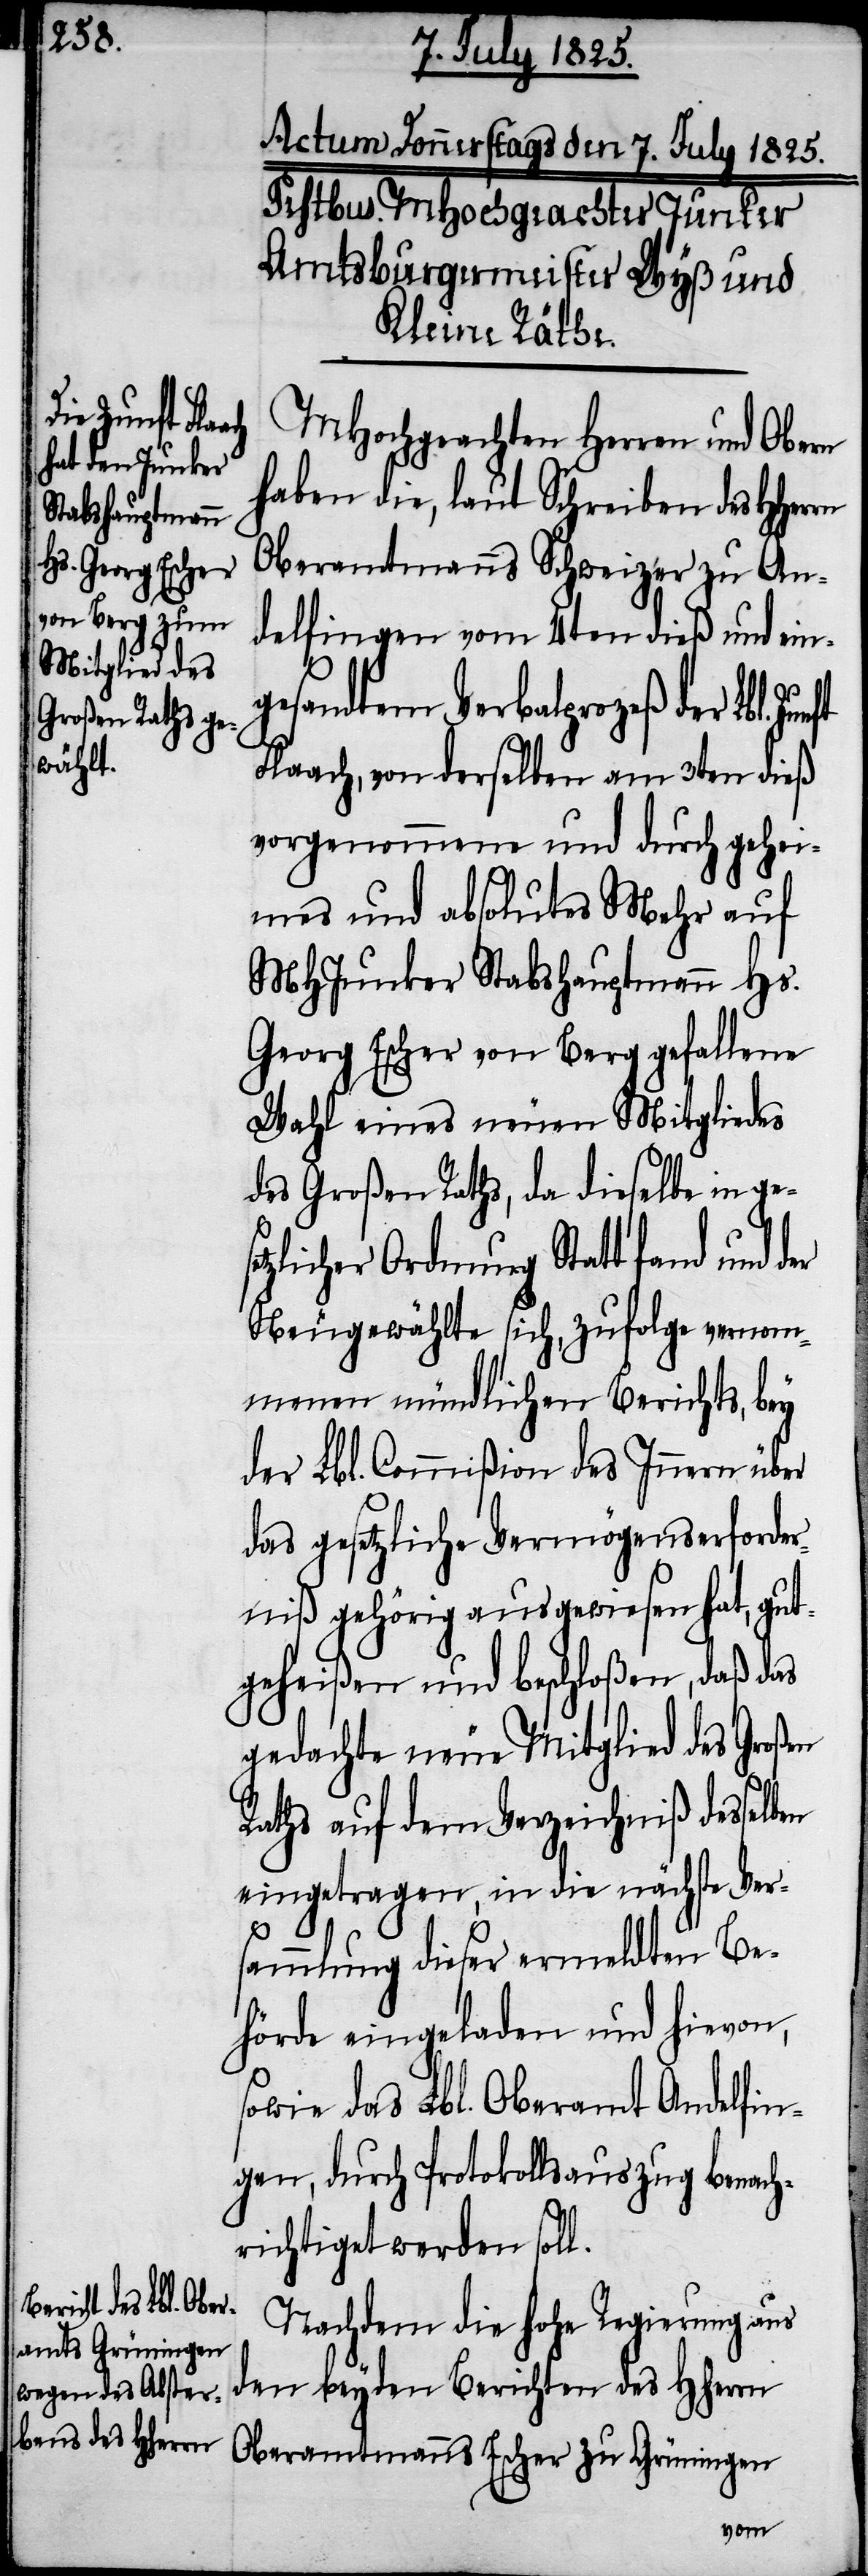
MHochgeachten Herren und Obern
haben die, laut Schreiben des HHerrn
Oberamtmanns Schweizer zu An¬
delfingen vom 4ten dieß und ein¬
gesandtem Verbalprozeß der Lbl.
Flaach, von derselben am 3ten dieß
vorgenommene und durch gehei¬
mes und absolutes Mehr auf
MHJunker Stabshauptmann Hs.
Georg Escher von Berg gefallene
Wahl eines neuen Mitgliedes
des Großen Raths, da dieselbe in ge¬
tzlicher Ordnung Statt fand und der
Neugewählte sich, zufolge vernom¬
menen mündlichen Berichts, bey
der Lbl. Commißion des Innern über
das gesetzliche Vermögenserforder¬
niß gehörig ausgewiesen hat, gut¬
geheißen und beschloßen, daß das
gedachte neue Mitglied des Großen
Raths auf dem Verzeichniß desselben
eingetragen, in die nächste Ver¬
sammlung dieser ermeldten Be¬
hörde eingeladen und hievon,
sowie das Lbl. Oberamt Andelfin¬
gen, durch Protokollsauszug benach¬
richtigt werden soll.
Nachdem die hohe Regierung aus
den beyden Berichten des HHerrn
Oberamtmanns Escher zu Grüningen
se¬